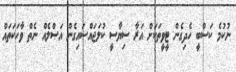
ނުކުމެ ކަސްބީ ހެދިގެން ޓީވީތަކަށް އަރާ ސިޔާސީ ކުލަޖައްސައިގެން އަޞްލެއް ނެތް ވާހަކަތައް